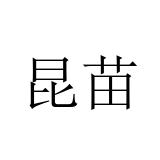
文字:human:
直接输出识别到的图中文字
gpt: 昆苗